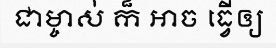
ជាម្ចាស់ ក៏ ឤច ធ្វើឲ្យ